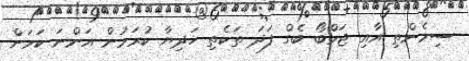
ސިމެންތި އާއި ޖަމްބޯ ބެގް ފަދަ ތަކެތި ހަދިޔާ ކުރަމުން އަންނަ ކަމަށް